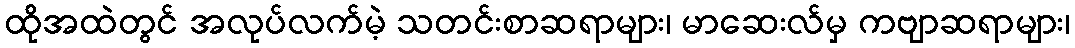
ထိုအထဲတွင် အလုပ်လက်မဲ့ သတင်းစာဆရာများ၊ မာဆေးလ်မှ ကဗျာဆရာများ၊